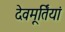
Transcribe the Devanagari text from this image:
देवमूर्तियां